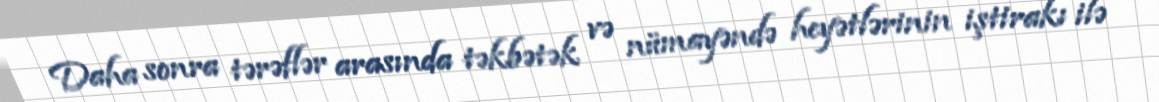
Daha sonra tərəflər arasında təkbətək və nümayəndə heyətlərinin iştirakı ilə